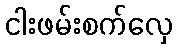
ငါးဖမ်းစက်လှေ